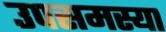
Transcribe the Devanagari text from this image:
उपसमस्या